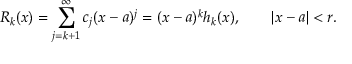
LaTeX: R _ { k } ( x ) = \sum _ { j = k + 1 } ^ { \infty } c _ { j } ( x - a ) ^ { j } = ( x - a ) ^ { k } h _ { k } ( x ) , \qquad | x - a | < r .